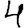
Digit: 4